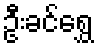
ဦးခင်ရွှေ